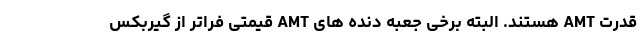
قدرت AMT هستند. البته برخی جعبه دنده های AMT قیمتی فراتر از گیربکس